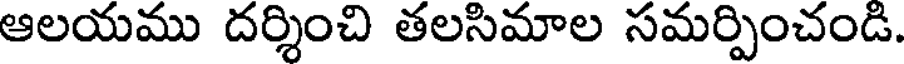
ఆలయము దర్శించి తలసిమాల సమర్పించండి.